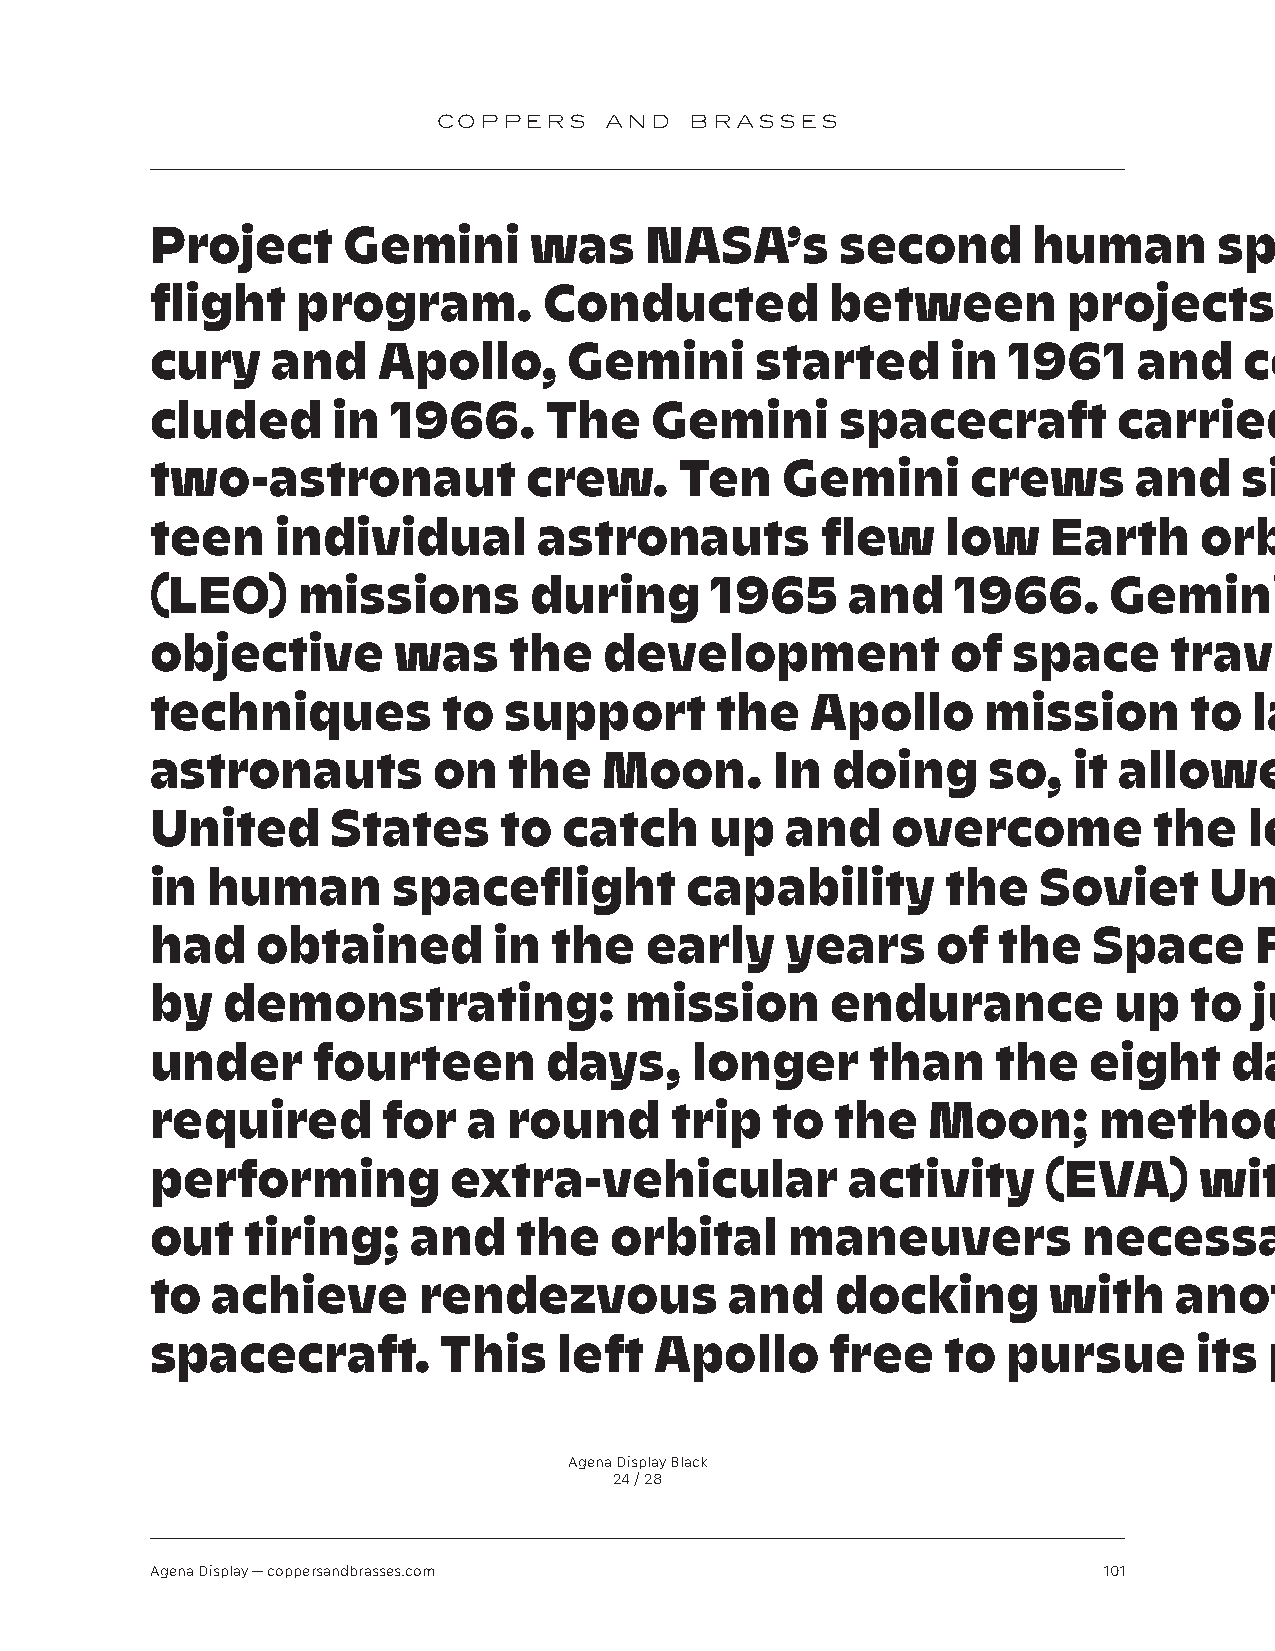
COPPERS    AND   BRASSES
 Project      Gemini      was     NASA’s       second      human        space-
 flight    program.        Conducted          between         projects      Mer-
 cury    and    Apollo,      Gemini      started      in  1961    and    con-
 cluded      in  1966.     The    Gemini       spacecraft        carried      a
 two-astronaut            crew.     Ten    Gemini      crews      and    six-
 teen    individual        astronauts        flew     low    Earth    orbit
 (LEO)     missions       during      1965     and    1966.      Gemini’s
 objective       was     the   development            of  space      travel
 techniques         to  support       the    Apollo     mission       to  land
 astronauts         on   the   Moon.      In  doing     so,   it allowed       the
 United      States     to  catch     up   and    overcome         the    lead
 in  human       spaceflight        capability        the   Soviet     Union
 had    obtained        in  the   early    years     of  the   Space      Race,
 by   demonstrating:            mission       endurance          up   to  just
 under      fourteen       days,     longer      than    the   eight     days
 required       for   a  round     trip   to  the   Moon;       methods        of
 performing          extra-vehicular           activity     (EVA)     with-
 out   tiring;    and    the   orbital     maneuvers           necessary
 to  achieve       rendezvous          and    docking       with     another
 spacecraft.        This    left  Apollo      free    to  pursue      its  prime
 Agena Display Black
 24 / 28
 Agena Display — coppersandbrasses.com                          101